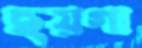
ছয়গা